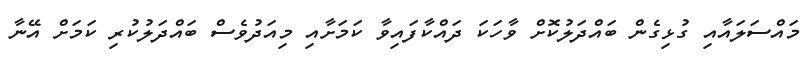
މައްސަލައާއި ގުޅިގެން ބައްދަލުކޮށް ވާހަކަ ދައްކާފައިވާ ކަމަށާއި މިއަދުވެސް ބައްދަލުކުރި ކަަމަށް އޭނާ